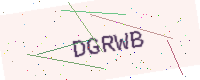
Text: DGRWB